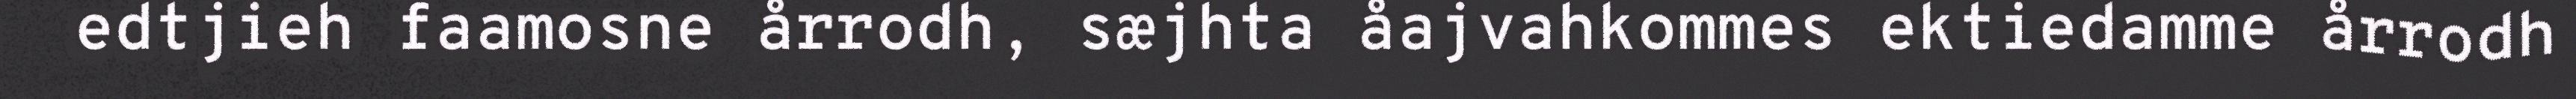
edtjieh faamosne årrodh, sæjhta åajvahkommes ektiedamme årrodh